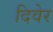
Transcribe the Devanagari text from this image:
दिवेर